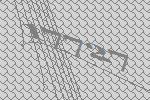
17727